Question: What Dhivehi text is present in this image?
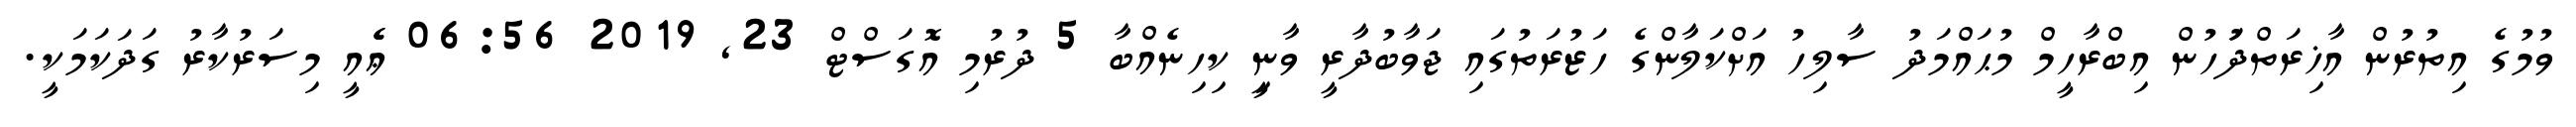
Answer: ވުމުގެ އިތުރުން އާޚިރަތްދުަހުން އިބްރާހީމް މުޙައްމަދު ސާލިހު އަށްކަލާންގެ ހަޒުރަތުގައި ޖަވާބުދާރީ ވާނީި ކިހިނެއްބާ 5 ދުރުމި އޮގަސްޓް 23, 2019 06:56 ޢެެއީ މިސަރުކާރު ގަދަކަމަކީ.